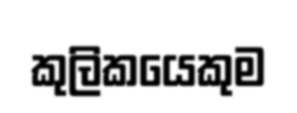
කුලිකයෙකුම